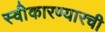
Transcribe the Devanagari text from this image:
स्वीेकारण्यारची